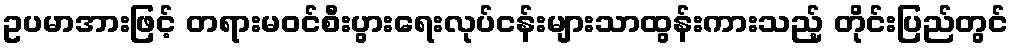
ဥပမာအားဖြင့် တရားမဝင်စီးပွားရေးလုပ်ငန်းများသာထွန်းကားသည့် တိုင်းပြည်တွင်